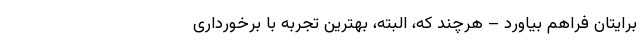
برایتان فراهم بیاورد – هرچند که، البته، بهترین تجربه با برخورداری